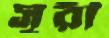
সূরী